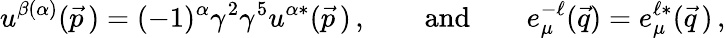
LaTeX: u^{\beta(\alpha)}(\vec{p}\, )=(-1)^{\alpha}\gamma^{2}\gamma^{5}u^{\alpha*}(\vec{p}\, )\, ,\qquad\mathrm{and}\qquad e_{\mu}^{-\ell}(\vec{q})=e_{\mu}^{\ell*}(\vec{q}\, )\, ,